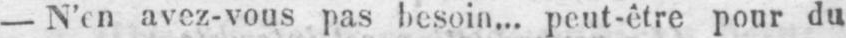
- N’en avez-vous pas besoin... peut-être pour du